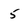
Character: 5